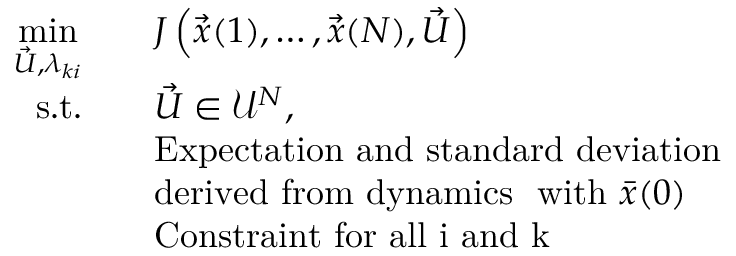
\begin{array} { r l } { \underset { \vec { U } , \lambda _ { k i } } { \mathrm { m i n } } \quad } & { J \left( \vec { \boldsymbol { x } } ( 1 ) , \ldots , \vec { \boldsymbol { x } } ( N ) , \vec { U } \right) } \\ { \mathrm { s . t . } \quad } & { \vec { U } \in \mathcal { U } ^ { N } , } \\ & { \mathrm { E x p e c t a t i o n ~ a n d ~ s t a n d a r d ~ d e v i a t i o n } } \\ & { \mathrm { d e r i v e d ~ f r o m ~ d y n a m i c s ~ } \mathrm { ~ w i t h ~ } \bar { x } ( 0 ) } \\ & { \mathrm { C o n s t r a i n t ~ f o r ~ a l l ~ i ~ a n d ~ k ~ } } \end{array}